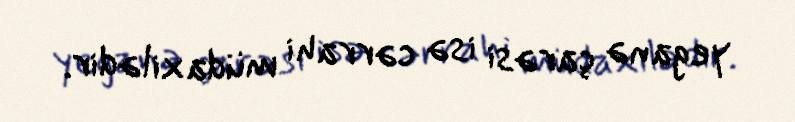
yeganə çarəsi isə cərrahi müdaxilədir.